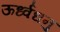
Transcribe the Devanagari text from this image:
ऊर्ध्वधनु